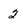
Character: 2